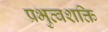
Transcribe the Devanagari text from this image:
प्रभुत्वशक्ति